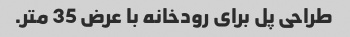
طراحی پل برای رودخانه با عرض 35 متر.